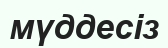
мүддесіз